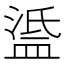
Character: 𥁼